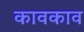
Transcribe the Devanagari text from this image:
कावकाव